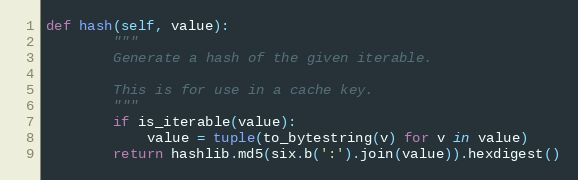
Language: Python
def hash(self, value):
        """
        Generate a hash of the given iterable.

        This is for use in a cache key.
        """
        if is_iterable(value):
            value = tuple(to_bytestring(v) for v in value)
        return hashlib.md5(six.b(':').join(value)).hexdigest()